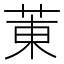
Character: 菄